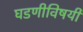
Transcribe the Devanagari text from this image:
घडणीविषयी